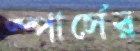
স্পার্সের